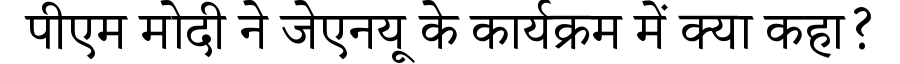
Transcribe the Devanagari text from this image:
पीएम मोदी ने जेएनयू के कार्यक्रम में क्या कहा?